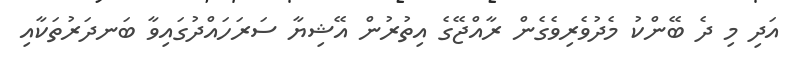
އަދި މި ދެ ބޭންކު މެދުވެރިވެގެން ރާއްޖޭގެ އިތުރުން އޭޝިޔާ ސަރަހައްދުގައިވާ ބަނދަރުތަކާއި